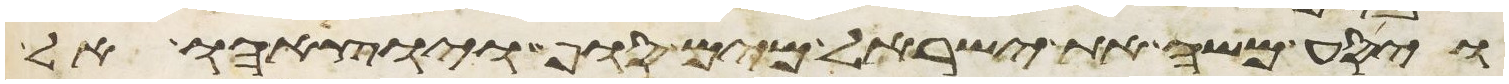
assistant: ויסע משה את ישראל מים סוף ויוציאהו אל